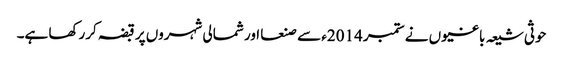
حوثی شیعہ باغیوں نے ستمبر 2014ء سے صنعا اور شمالی شہروں پر قبضہ کررکھا ہے۔